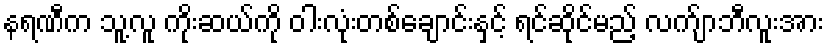
နရဏီက သူ့လူ ကိုးဆယ်ကို ဝါးလုံးတစ်ချောင်းနှင့် ရင်ဆိုင်မည့် လက်ျာဘီလူးအား